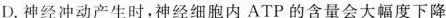
D.神经冲动产生时，神经细胞内ATP的含量会大幅度下降